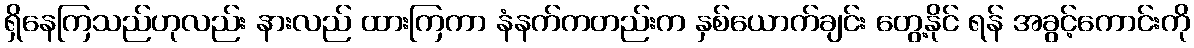
ရှိနေကြသည်ဟုလည်း နားလည် ထားကြကာ နံနက်ကတည်းက နှစ်ယောက်ချင်း တွေ့နိုင် ရန် အခွင့်ကောင်းကို